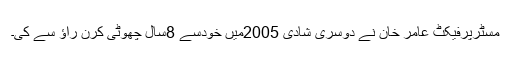
مسٹرپرفیکٹ عامر خان نے دوسری شادی 2005میں خودسے 8سال چھوٹی کرن راؤ سے کی۔